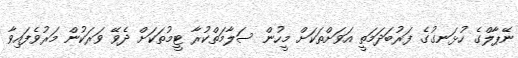
ނޭޕާލްގެ ހުޅަނގުގެ ފަރުބަދަމަތީ އަވަށްތަކަށް މީހުން ސަލާމަތްކުރާ ޓީމުތަކަށް ދެވޭ ވަރަކުން މަރުވެފައިވާ